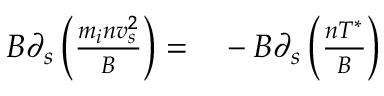
\begin{array} { r l } { B \partial _ { s } \left( \frac { m _ { i } n v _ { s } ^ { 2 } } { B } \right) = } & { { } - B \partial _ { s } \left( \frac { n T ^ { * } } { B } \right) } \end{array}